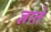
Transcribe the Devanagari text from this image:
ज्ञाते